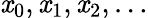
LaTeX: \mathit{x}_{0},\mathit{x}_{1},\mathit{x}_{2},\ldots